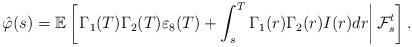
LaTeX: \begin{align*}\hat{\varphi}(s)=\mathbb{E}\left[ \left. \Gamma_{1}(T)\Gamma_{2}(T)\varepsilon_{8}(T)+\int_{s}^{T}\Gamma_{1}(r)\Gamma_{2}(r)I(r)dr\right\vert\mathcal{F}_{s}^{t}\right] .\end{align*}